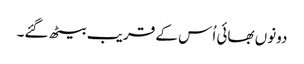
دونوں بھائی اُس کے قریب بیٹھ گئے۔